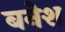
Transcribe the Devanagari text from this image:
बनेश